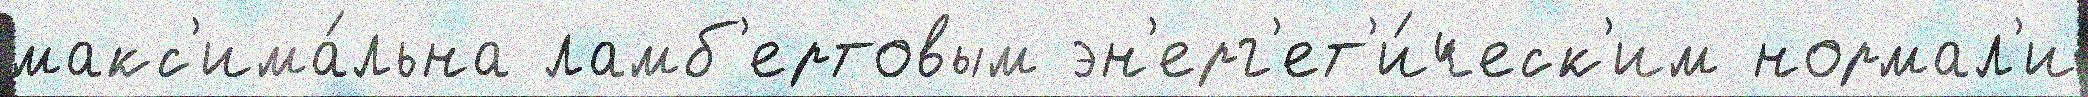
макс'има́льна ламб'ертовым эн'ерг'ет'и́ческ'им нормал'и